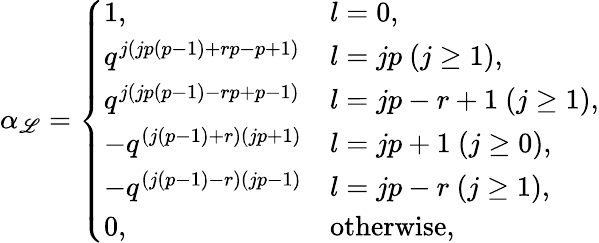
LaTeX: \alpha_{\mathscr{L}}=\left\{ \begin{array}{ll}{{1,}}&{{l=0,}}\\ {{q^{j(jp(p-1)+rp-p+1)}}}&{{l=jp~(j\geq 1),}}\\ {{q^{j(jp(p-1)-rp+p-1)}}}&{{l=jp-r+1~(j\geq 1),}}\\ {{-q^{(j(p-1)+r)(jp+1)}}}&{{l=jp+1~(j\geq 0),}}\\ {{-q^{(j(p-1)-r)(jp-1)}}}&{{l=jp-r~(j\geq 1),}}\\ {{0,}}&{{\mathrm{otherwise},}}\end{array}\right.